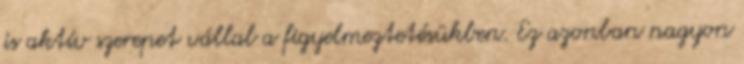
is aktív szerepet vállal a figyelmeztetésükben. Ez azonban nagyon